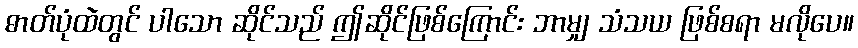
ဓာတ်ပုံထဲတွင် ပါသော ဆိုင်သည် ဤဆိုင်ဖြစ်ကြောင်း ဘာမျှ သံသယ ဖြစ်စရာ မလိုပေ။